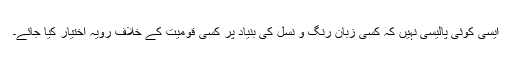
ایسی کوئی پالیسی نہیں کہ کسی زبان رنگ و نسل کی بنیاد پر کسی قومیت کے خلاف رویہ اختیار کیا جائے۔